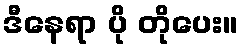
ဒီနေရာ ပို တိုပေး။